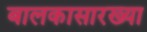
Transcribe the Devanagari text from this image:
बालकासारख्या